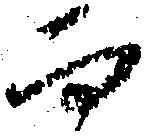
而